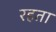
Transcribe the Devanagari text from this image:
रहता